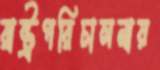
রাষ্ট্রপরিচালনায়